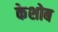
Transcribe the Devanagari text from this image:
केशोब